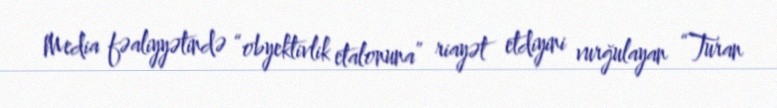
Media fəaliyyətində “obyektivlik etalonuna” riayət etdiyini vurğulayan “Turan